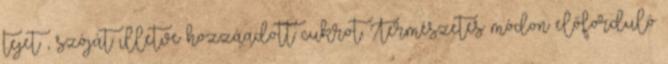
tejet , szóját illetve hozzáadott cukrot. Természetes módon előforduló